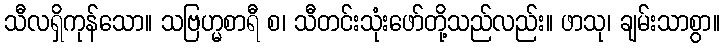
သီလရှိကုန်သော။ သဗြဟ္မစာရီ စ၊ သီတင်းသုံးဖော်တို့သည်လည်း။ ဖာသု၊ ချမ်းသာစွာ။